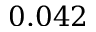
0 . 0 4 2